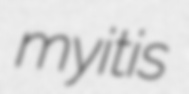
myitis